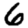
Digit: 6